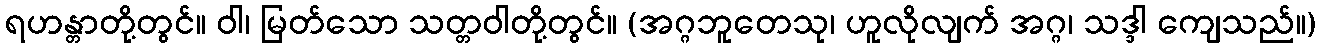
ရဟန္တာတို့တွင်။ ဝါ၊ မြတ်သော သတ္တဝါတို့တွင်။ (အဂ္ဂဘူတေသု၊ ဟူလိုလျက် အဂ္ဂ၊ သဒ္ဒါ ကျေသည်။)